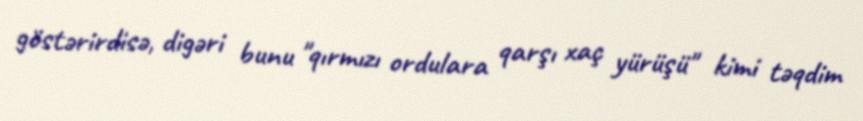
göstərirdisə, digəri bunu "qırmızı ordulara qarşı xaç yürüşü" kimi təqdim